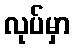
လုပ်မှာ